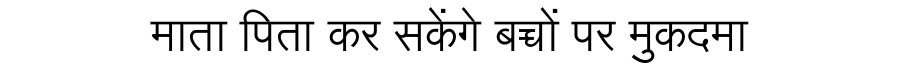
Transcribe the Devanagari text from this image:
माता पिता कर सकेंगे बच्चों पर मुकदमा